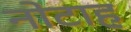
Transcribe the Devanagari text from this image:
नोटाह